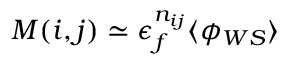
M ( i , j ) \simeq \epsilon _ { f } ^ { n _ { i j } } \langle \phi _ { W S } \rangle